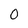
Character: 0